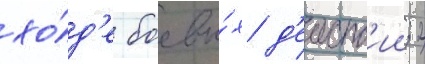
хо́д'е боевы́х д'еиств'ии; 2